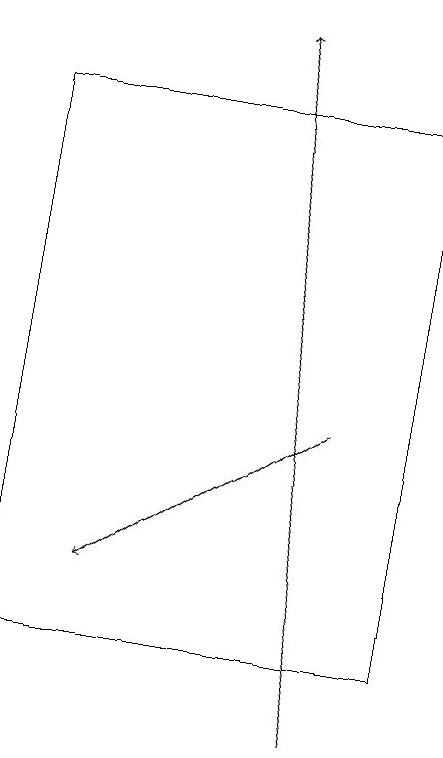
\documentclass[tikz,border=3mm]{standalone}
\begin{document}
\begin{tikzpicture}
\draw (7,11) rectangle (2,18);
\draw[->] (6,10) -- (5,19);
\draw[->] (6,14) -- (3,12);
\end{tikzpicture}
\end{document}